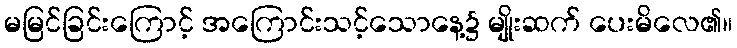
မမြင်ခြင်းကြောင့် အကြောင်းသင့်သောနေ့၌ မျိုးဆက် ပေးမိလေ၏။